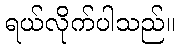
ရယ်လိုက်ပါသည်။